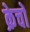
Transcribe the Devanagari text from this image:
क्रेचों